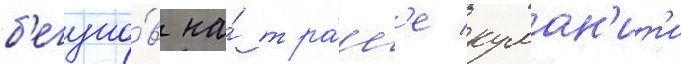
б'егуно́в на́ тра́сс'е куман'ит'и